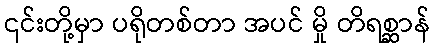
၎င်းတို့မှာ ပရိုတစ်တာ အပင် မှို တိရစ္ဆာန်